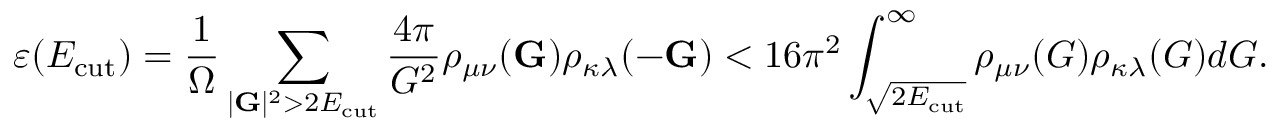
\varepsilon ( E _ { \mathrm { c u t } } ) = \frac { 1 } { \Omega } \sum _ { | \mathbf { G } | ^ { 2 } > 2 E _ { \mathrm { c u t } } } \frac { 4 \pi } { G ^ { 2 } } \rho _ { \mu \nu } ( \mathbf { G } ) \rho _ { \kappa \lambda } ( - \mathbf { G } ) < 1 6 \pi ^ { 2 } \int _ { \sqrt { 2 E _ { \mathrm { c u t } } } } ^ { \infty } \rho _ { \mu \nu } ( G ) \rho _ { \kappa \lambda } ( G ) d G .